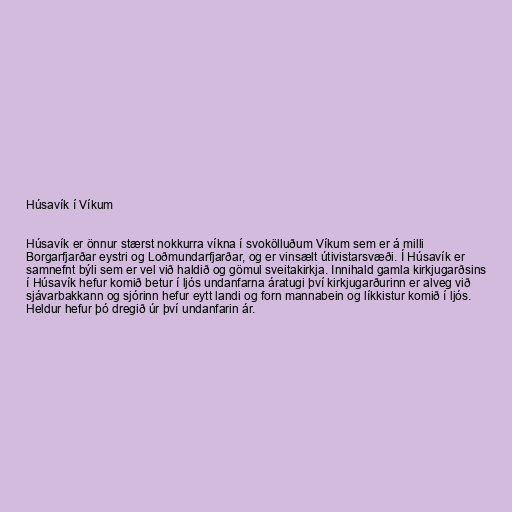
Húsavík í Víkum

Húsavík er önnur stærst nokkurra víkna í svokölluðum Víkum sem er á milli
Borgarfjarðar eystri og Loðmundarfjarðar, og er vinsælt útivistarsvæði. Í Húsavík er
samnefnt býli sem er vel við haldið og gömul sveitakirkja. Innihald gamla kirkjugarðsins
í Húsavík hefur komið betur í ljós undanfarna áratugi því kirkjugarðurinn er alveg við
sjávarbakkann og sjórinn hefur eytt landi og forn mannabein og líkkistur komið í ljós.
Heldur hefur þó dregið úr því undanfarin ár.